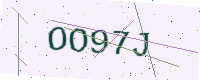
Text: OO97J